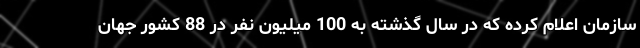
سازمان اعلام کرده که در سال گذشته به 100 میلیون نفر در 88 کشور جهان